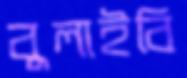
বুলাইবি